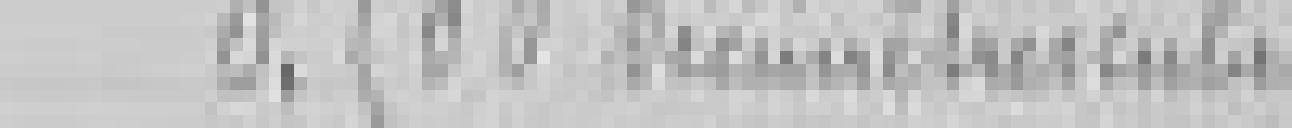
0,500 décimètres cubes